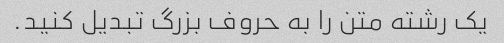
یک رشته متن را به حروف بزرگ تبدیل کنید.